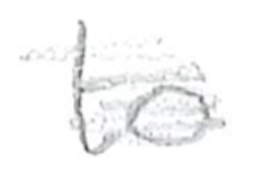
Text: to
Cross-out: scratch
Writing tool: pencil